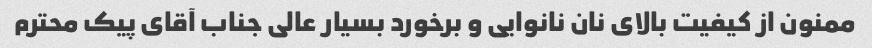
ممنون از کیفیت بالای نان نانوایی و برخورد بسیار عالی جناب آقای پیک محترم